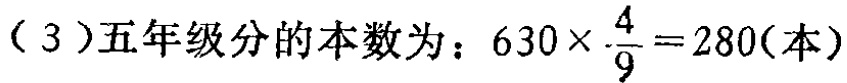
（3）五年级分的本数为：\(630\times \frac{4}{9}=280(本)\)